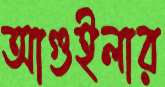
আগুইলার